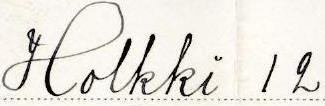
Holkki 12